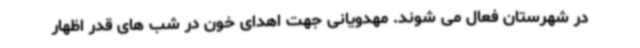
در شهرستان فعال می شوند. مهدویانی جهت اهدای خون در شب های قدر اظهار